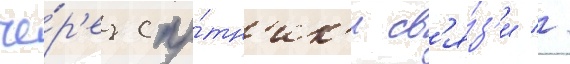
че́р'ез спу́тн'ик'и св'я́з'и //